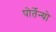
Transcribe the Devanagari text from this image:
पोर्तेन्यो